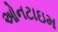
ઓનટાઇમ